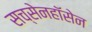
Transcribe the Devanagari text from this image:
सच्सेनहॉसेन